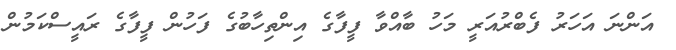
އަންނަ އަހަރު ފެބްރުއަރީ މަހު ބާއްވާ ފީފާގެ އިންތިހާބުގެ ފަހުން ފީފާގެ ރައީސްކަމުން